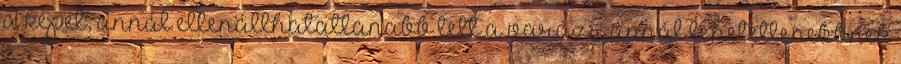
a képet, annál ellenállhatatlanabb lett a varázs, annál lehetetlenebbnek